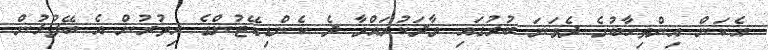
އެކަން އިންތިޚާބުގެ ދެވަނަ ބުރުގައި ވާދަކުރައްވާ ދެ ކެންޑިޑޭޓުންގެ އިތުރުން އެ ބޭފުޅުން